Civil Veterinary Dept. North-West Frontier Province 1923-32 - 1923-1932
Year: 1923
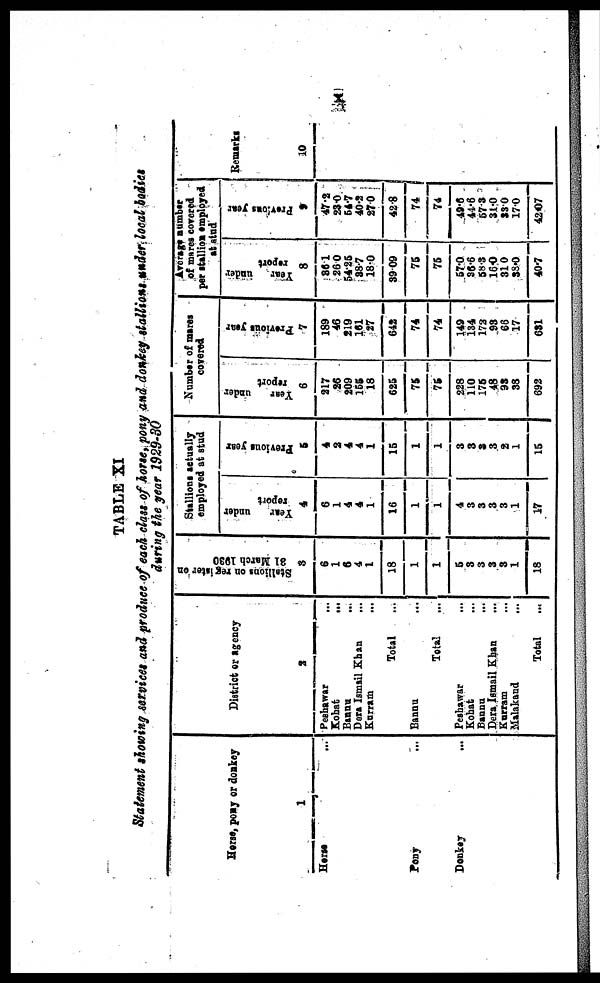
x
TABLE XI
Statement showing services and produce of each class of horse, pony and donkey stallions under local bodies
during the year 1929-30
Horse, pony or donkey
1
Horse ...
Pony ... ...
Donkey ... ...
District or agency
2
Peshawar
...
Kohat
...
Bannu ...
Dera Ismail Khan ...
Kurram
...
Total
Bannu ...
Total ...
Peshawar
...
Kohat ...
Bannu
...
Dera Ismail Khan ...
Kurram ...
Malakand ...
Total ...
Stallions on register on
31 March 1930
3
6
1
6
4
1
18
1
1
5
3
3
3
3
1
18
Stallions actually
employed at stud
Year
under
report
4
6
1
4
4
1
16
1
1
4
3
3
3
3
1
17
Previous year
5
4
2
4
4
1
15
1
1
3
3
3
3
2
1
15
Number of mares
covered
Year
under
report
6
217
26
209
155
18
625
75
75
228
110
175
48
93
33
692
Previous year
7
189
46
219
161
27
642
74
74
149
134
172
93
66
17
631
Average number
of mares covered
per stallion employed
at stud
Year
under
report
8
36.1
26.0
54.25
38.7
18.0
39.09
75
75
57.0
36.6
58.3
16.0
31 0
38.0
40.7
Previous year
9
47.2
23.0
54.7
40.2
27.0
42.8
74
74
49.6
44.6
57.3
31.0
33.0
17.0
42.07
Remarks
10